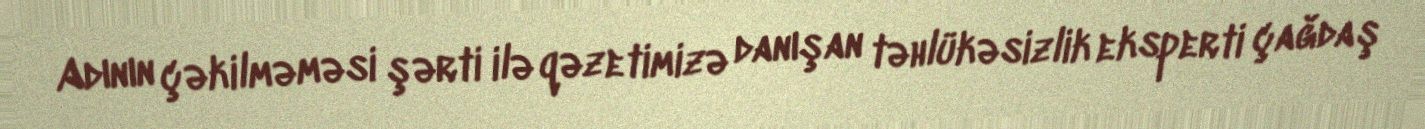
Adının çəkilməməsi şərti ilə qəzetimizə danışan təhlükəsizlik eksperti çağdaş